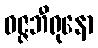
ဝဇ္ဇဘီရုနော